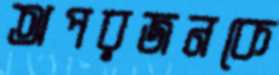
অপরজনকে